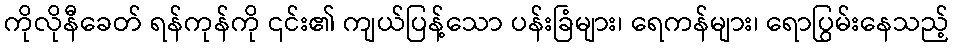
ကိုလိုနီခေတ် ရန်ကုန်ကို ၎င်း၏ ကျယ်ပြန့်သော ပန်းခြံများ၊ ရေကန်များ၊ ရောပြွမ်းနေသည့်